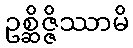
ဥစ္ဆိဇ္ဇိဿာမိ